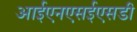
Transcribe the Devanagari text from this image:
आईएनएसईएसडी